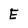
Character: E